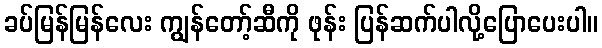
ခပ်မြန်မြန်လေး ကျွန်တော့်ဆီကို ဖုန်း ပြန်ဆက်ပါလို့ပြောပေးပါ။